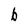
Character: b